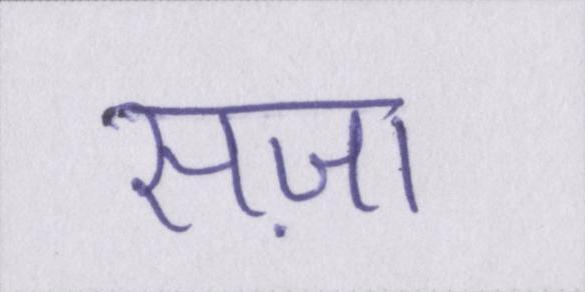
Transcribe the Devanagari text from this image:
सज़ा